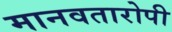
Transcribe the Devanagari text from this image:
मानवतारोपी